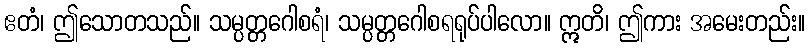
ဧတံ၊ ဤသောတသည်။ သမ္ပတ္တဂေါစရံ၊ သမ္ပတ္တဂေါစရရုပ်ပါလော။ ဣတိ၊ ဤကား အမေးတည်း။